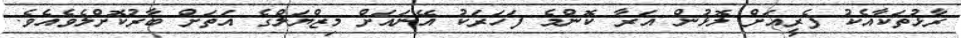
ރާޅުތަކާއެކު ފެރީއަށް ލޮޅުން އަރާ ކޮންމެ ފަހަރަކު އޭނައަށް މިޒްޔަލްގެ އަތަށް ބާރުކޮށްލެވެއެވެ.